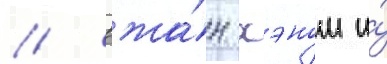
// Чжа́н хэном и́